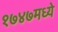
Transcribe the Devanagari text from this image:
१७४७मध्ये